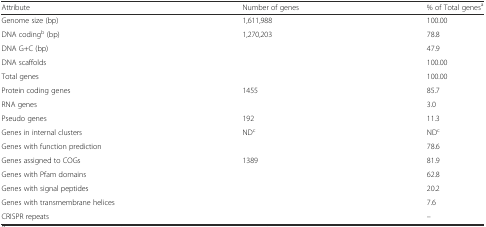
<table><thead><tr><td><b>Attribute</b></td><td><b>Number of genes</b></td><td><b>% of Total genes<sup>a</sup></b></td></tr></thead><tbody><tr><td>Genome size (bp)</td><td>1,611,988</td><td>100.00</td></tr><tr><td>DNA coding<sup>b</sup> (bp)</td><td>1,270,203</td><td>78.8</td></tr><tr><td>DNA G+C (bp)</td><td>[EMPTY_CELL]</td><td>47.9</td></tr><tr><td>DNA scaffolds</td><td>[EMPTY_CELL]</td><td>100.00</td></tr><tr><td>Total genes</td><td>[EMPTY_CELL]</td><td>100.00</td></tr><tr><td>Protein coding genes</td><td>1455</td><td>85.7</td></tr><tr><td>RNA genes</td><td>[EMPTY_CELL]</td><td>3.0</td></tr><tr><td>Pseudo genes</td><td>192</td><td>11.3</td></tr><tr><td>Genes in internal clusters</td><td>ND<sup>c</sup></td><td>ND<sup>c</sup></td></tr><tr><td>Genes with function prediction</td><td>[EMPTY_CELL]</td><td>78.6</td></tr><tr><td>Genes assigned to COGs</td><td>1389</td><td>81.9</td></tr><tr><td>Genes with Pfam domains</td><td>[EMPTY_CELL]</td><td>62.8</td></tr><tr><td>Genes with signal peptides</td><td>[EMPTY_CELL]</td><td>20.2</td></tr><tr><td>Genes with transmembrane helices</td><td>[EMPTY_CELL]</td><td>7.6</td></tr><tr><td>CRISPR repeats</td><td>[EMPTY_CELL]</td><td>–</td></tr></tbody></table>